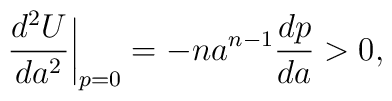
\biggl.\frac{d^2U}{da^2}\biggr|_{p=0} = -na^{n-1}\frac{dp}{da} > 0,